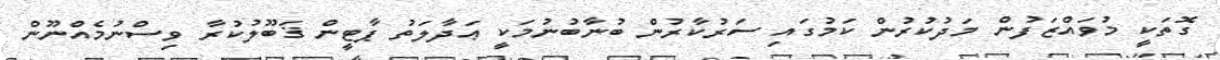
ގޮތަކީ މުވައްޒަފުން މަދުކުރުން ކަމުގައި ސަރުކާރުން ބުނާބުނުމަކީ ޢަދާލަތު ޕާޓީން ޤަބޫލުކުރާ ވިސްނުމެއްނޫން